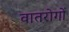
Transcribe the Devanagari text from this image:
वातरोगों